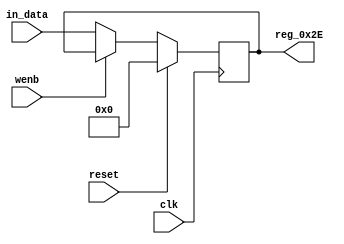
module r_MESSAGE_HEADER_INFO(output reg [7:0] reg_0x2E, input wire reset, input wire wenb, input wire [7:0] in_data, input wire clk);
	always@(posedge clk)
	begin
		if(reset==0) begin
			if(wenb==0)
				reg_0x2E<=in_data;
			else
				reg_0x2E<=reg_0x2E;
		end
		else
			reg_0x2E<=8'h00;
	end
endmodule